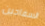
السفاحين